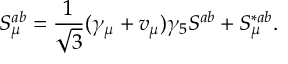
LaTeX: S _ { \mu } ^ { a b } = \frac { 1 } { \sqrt { 3 } } ( \gamma _ { \mu } + v _ { \mu } ) \gamma _ { 5 } S ^ { a b } + S _ { \mu } ^ { * a b } .